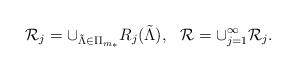
LaTeX: \begin{align*} \mathcal R_j=\cup_{\tilde\Lambda\in\Pi_{m_*}} R_j(\tilde\Lambda), \ \ \mathcal R=\cup_{j=1}^\infty \mathcal R_j. \end{align*}